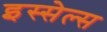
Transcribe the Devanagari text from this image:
इस्सेल्स